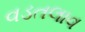
વડતલાવ